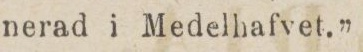
nerad i Medelhafvet.”